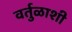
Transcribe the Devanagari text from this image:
वर्तुळाशी